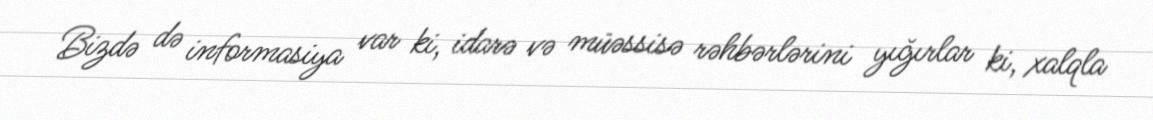
Bizdə də informasiya var ki, idarə və müəssisə rəhbərlərini yığırlar ki, xalqla